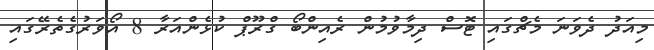
މިއަދު ދެވަނަ މެޗްގައި ޓޮސް ދިމާވުމުން ރެއިންބޯ ގްރޫޕް ކުޅެންއަރާ 8 އޯވަރުގެތެރޭގައި